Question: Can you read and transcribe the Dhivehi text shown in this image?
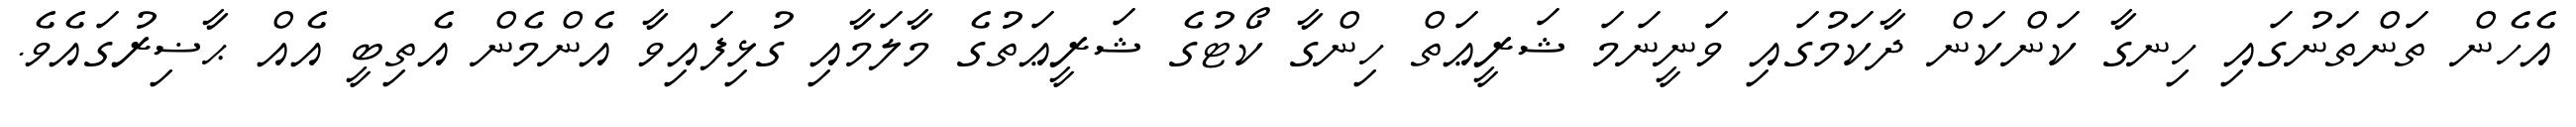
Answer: އެހެން ތަންތަނުގައި ހިނގާ ކަންކަން ދާކަމުގައި ވަނީނަމަ ޝަރީޢަތް ހިންގާ ކޯޓުގެ ޝަރީޢަތުގެ މާލަމާއި ގުޅިފައިވާ އެންމެން އެތިބީ އެއް ޙާޟިރުގައެވެ.